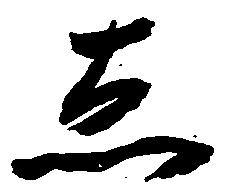
し